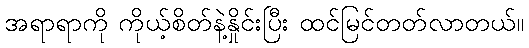
အရာရာကို ကိုယ့်စိတ်နဲ့နှိုင်းပြီး ထင်မြင်တတ်လာတယ်။